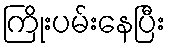
ကြိုးပမ်းနေပြီး